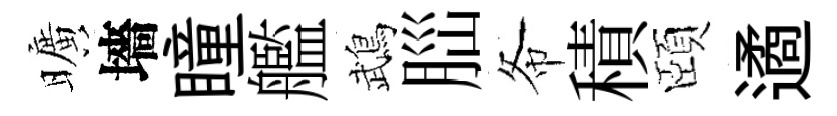
曠墻瞳艦鵡𦛁𢁙積頤遹